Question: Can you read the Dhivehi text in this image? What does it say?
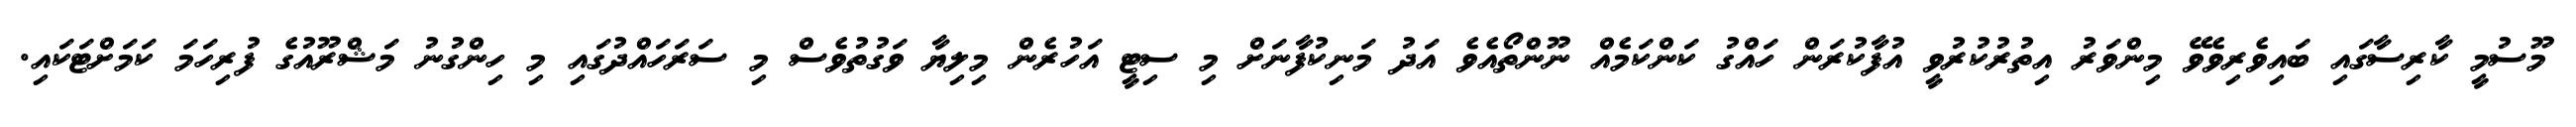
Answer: މޫސުމީ ކާރިސާގައި ބައިވެރިވެވޭ މިންވަރު އިތުރުކުރުވީ އުފާކުރަން ހައްގު ކަންކަމެއް ނޫންތޯއެވެ އަދު މަނިކުފާނަށް މި ސިޓީ އަހުރެން މިލިޔާ ވަގުތުވެސް މި ސަރަހައްދުގައި މި ހިންގުނު މަޝްރޫއުގެ ފުރިހަމަ ކަމަށްޓަކައި.